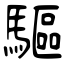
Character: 驅